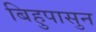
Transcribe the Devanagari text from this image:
बिहुपासुन